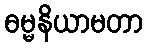
ဓမ္မနိယာမတာ